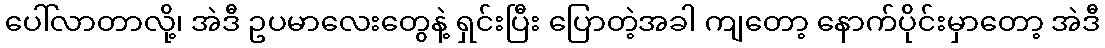
ပေါ်လာတာလို့၊ အဲဒီ ဥပမာလေးတွေနဲ့ ရှင်းပြီး ပြောတဲ့အခါ ကျတော့ နောက်ပိုင်းမှာတော့ အဲဒီ